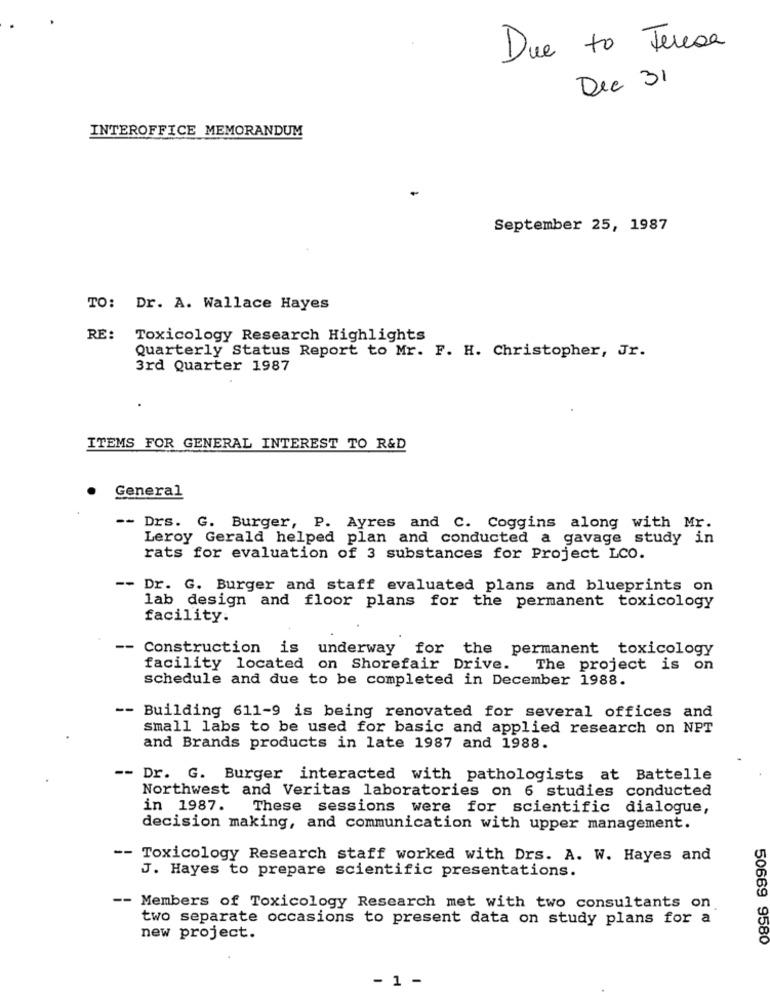
Due to Teresa
Dec 31
INTEROFFICE MEMORANDUM
September 25, 1987
TO: Dr. A. Wallace Hayes
RE:
Toxicology Research Highlights
Quarterly Status Report to Mr. F. H. Christopher, Jr.
3rd Quarter 1987
ITEMS FOR GENERAL INTEREST TO R&D
General
Drs. G. Burger, P. Ayres and C. Coggins along with Mr.
Leroy Gerald helped plan and conducted a gavage study in
rats for evaluation of 3 substances for Project LCO.
-- Dr. G. Burger and staff evaluated plans and blueprints on
lab design and floor plans for the permanent toxicology
facility.
-- Construction is underway for the permanent toxicology
facility located on Shorefair Drive.
The project is on
schedule and due to be completed in December 1988.
-- Building 611-9 is being renovated for several offices and
small labs to be used for basic and applied research on NPT
and Brands products in late 1987 and 1988.
-- Dr. G. Burger interacted with pathologists at Battelle
Northwest and Veritas laboratories on 6 studies conducted
in 1987.
These sessions were for scientific dialogue,
decision making, and communication with upper management.
-- Toxicology Research staff worked with Drs. A. W. Hayes and
J. Hayes to prepare scientific presentations.
-- Members of Toxicology Research met with two consultants on
two separate occasions to present data on study plans for a
new project.
50669 9580
- 1 -